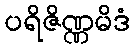
ပရိဇိဏ္ဏမိဒံ